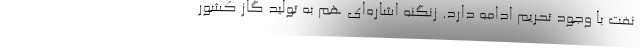
نفت با وجود تحریم ادامه دارد. زنگنه اشاره‌ای هم به تولید گاز کشور